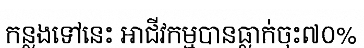
កន្លងទៅនេះ អាជីវកម្មបានធ្លាក់ចុះ៧០%